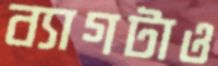
ব্যাগটাও